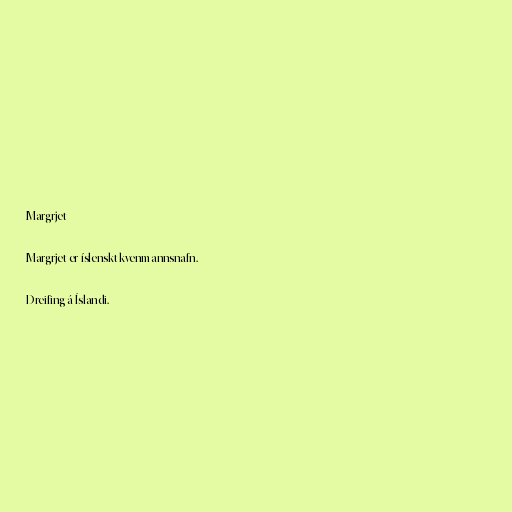
Margrjet

Margrjet er íslenskt kvenmannsnafn.

Dreifing á Íslandi.